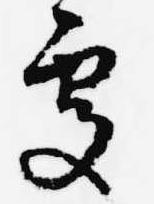
処